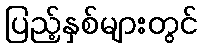
ပြည့်နှစ်များတွင်